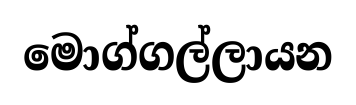
මොග්ගල්ලායන